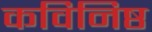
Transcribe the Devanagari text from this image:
कविनिष्ठ